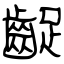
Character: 齪